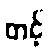
တင့်